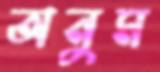
অনুম